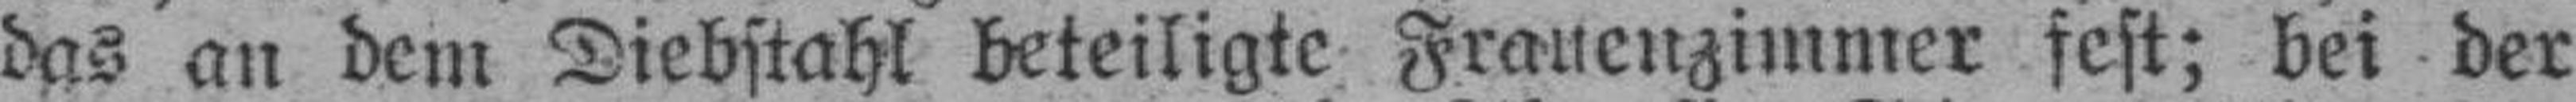
das an dem Diebstahl beteiligte Frauenzimmer fest; bei der